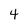
Character: 4